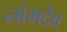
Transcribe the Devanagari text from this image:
नांमदेव